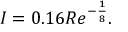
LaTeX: I = 0 . 1 6 R e ^ { - { \frac { 1 } { 8 } } } .